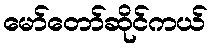
မော်တော်ဆိုင်ကယ်